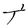
Character: t